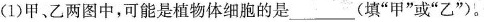
(1)甲、乙两图中，可能是植物体细胞的是___(填”甲”或”乙”)。